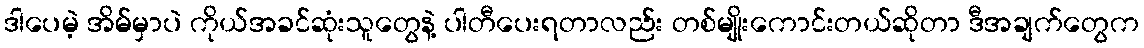
ဒါပေမဲ့ အိမ်မှာပဲ ကိုယ်အခင်ဆုံးသူတွေနဲ့ ပါတီပေးရတာလည်း တစ်မျိုးကောင်းတယ်ဆိုတာ ဒီအချက်တွေက